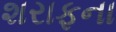
શરાફના